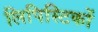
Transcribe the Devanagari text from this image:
लिपिस्टिकों